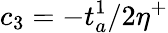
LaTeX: c_{3}=-t_{a}^{1}/2\eta^{+}